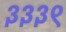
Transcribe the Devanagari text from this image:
३३३९